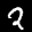
Label: 2